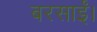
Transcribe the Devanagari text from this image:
बरसाईं।